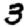
Digit: 3